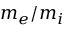
m _ { e } / m _ { i }